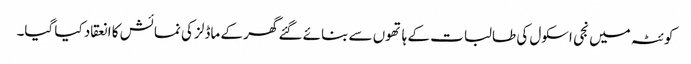
کوئٹہ میں نجی اسکول کی طالبات کے ہا تھوں سے بنائے گئے گھر کے ماڈلز کی نمائش کا انعقاد کیا گیا۔